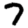
Digit: 7